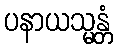
ပနာယသ္မန္တံ